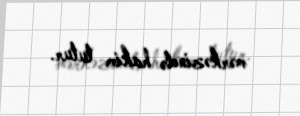
mərkəzində hakim tutur.